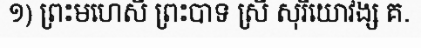
១) ព្រះមហេសី ព្រះបាទ ស្រី សុរិយោវង្ស គ.